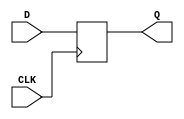
module GP_DFF(input D, CLK, output reg Q);
	parameter [0:0] INIT = 1'bx;
	initial Q = INIT;
	always @(posedge CLK) begin
		Q <= D;
	end
endmodule